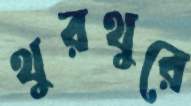
থুরথুরে